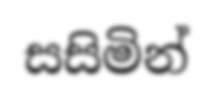
සසිමින්